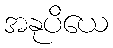
အနုပိယေ